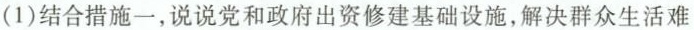
(1)结合措施一，说说党和政府出资修建基础设施，解决群众生活难